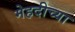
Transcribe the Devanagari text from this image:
मेहदीच्या